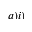
a ) i )